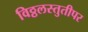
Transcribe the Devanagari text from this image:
विठ्ठलस्तुतीपर